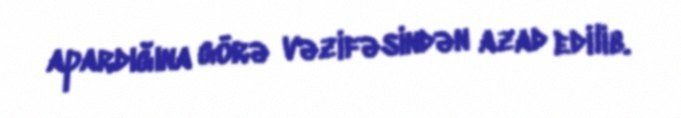
apardığına görə vəzifəsindən azad edilib.